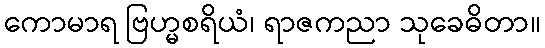
ကောမာရ ဗြဟ္မစရိယံ၊ ရာဇကညာ သုခေဓိတာ။